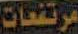
مرتفعات